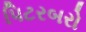
પિટરબરો